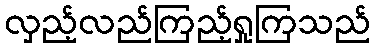
လှည့်လည်ကြည့်ရှုကြသည်